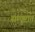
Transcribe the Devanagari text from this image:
सम्पूष्टात